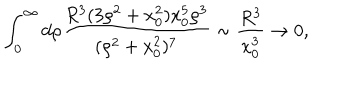
LaTeX: \int _ { 0 } ^ { \infty } d \rho { \frac { R ^ { 3 } ( 3 \rho ^ { 2 } + x _ { 0 } ^ { 2 } ) x _ { 0 } ^ { 5 } \rho ^ { 3 } } { ( \rho ^ { 2 } + x _ { 0 } ^ { 2 } ) ^ { 7 } } } \sim { \frac { R ^ { 3 } } { x _ { 0 } ^ { 3 } } } \rightarrow 0 ,